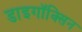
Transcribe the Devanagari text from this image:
डाइगॉक्सिन